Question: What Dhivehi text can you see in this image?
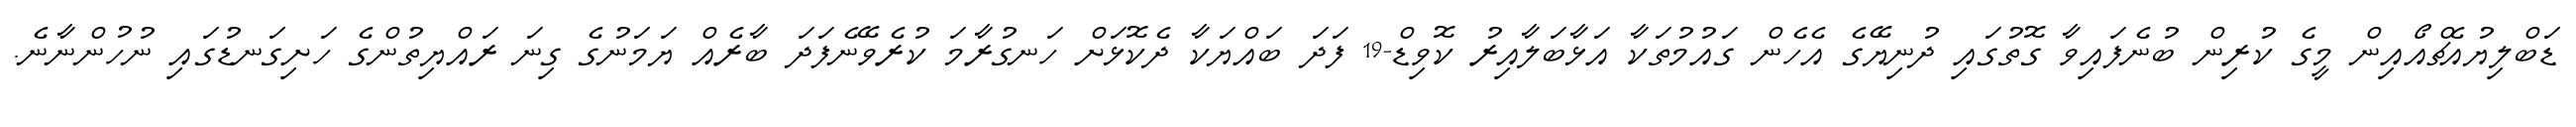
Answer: ޑަބްލިޔުއެޗްއޯއިން މީގެ ކުރިން ބުނެފައިވާ ގޮތުގައި ދުނިޔޭގެ އެހެން ގައުމުތަކާ އަޅާބަލާއިރު ކޮވިޑް-19 ފަދަ ބައްޔަކާ ދެކޮޅަށް ހަނގުރާމަ ކުރެވޭނެފަދަ ބާރެއް ޔަމަނުގެ ގިނަ ރައްޔިތުންގެ ހަށިގަނޑުގައި ނުހުންނާނެ.